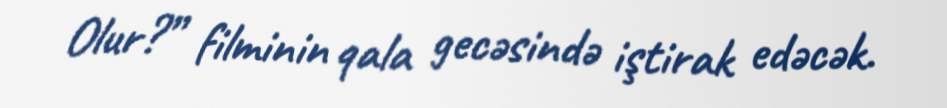
Olur?” filminin qala gecəsində iştirak edəcək.